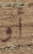
أو